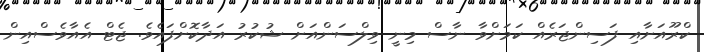
ކްރޫއަށާއި ފަސިންޖަރެއް ކަމަށްވާ ނާސް މިނީ ވިލްސަންއަށް ޝުކުރު އަދާކޮށްފައެވެ. ޖެޓް އެއާވެސްއިން